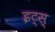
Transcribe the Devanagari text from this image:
इट्स्